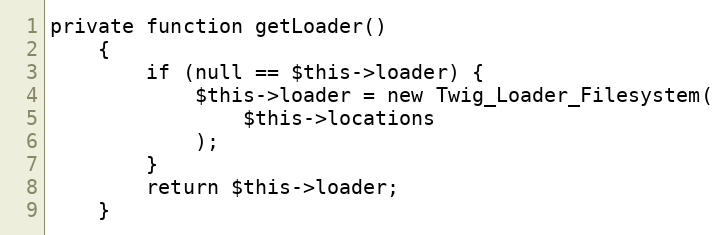
Language: PHP
private function getLoader()
    {
        if (null == $this->loader) {
            $this->loader = new Twig_Loader_Filesystem(
                $this->locations
            );
        }
        return $this->loader;
    }